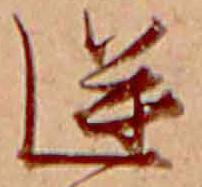
逆